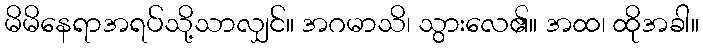
မိမိနေရာအရပ်သို့သာလျှင်။ အဂမာသိ၊ သွားလေ၏။ အထ၊ ထိုအခါ။